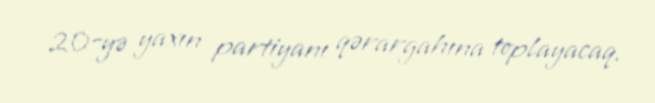
20-yə yaxın partiyanı qərargahına toplayacaq.